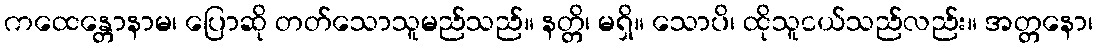
ကထေန္တောနာမ၊ ပြောဆို တတ်သောသူမည်သည်။ နတ္တိ၊ မရှိ။ သောပိ၊ ထိုသူငယ်သည်လည်း။ အတ္တနော၊